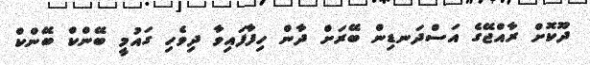
ދޫކޮށް ރާއްޖޭގެ އަސްދަނޑިން ބޭރަށް ދާން ހިފާފައިވާ ދިވެހި ގައުމީ ބޭންކް ބޭންކް